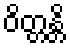
ဝိတ္တန္တိ